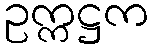
ဥက္ကဋ္ဌက